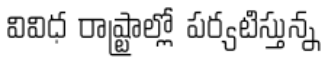
వివిధ రాష్ట్రాల్లో పర్యటిస్తున్న